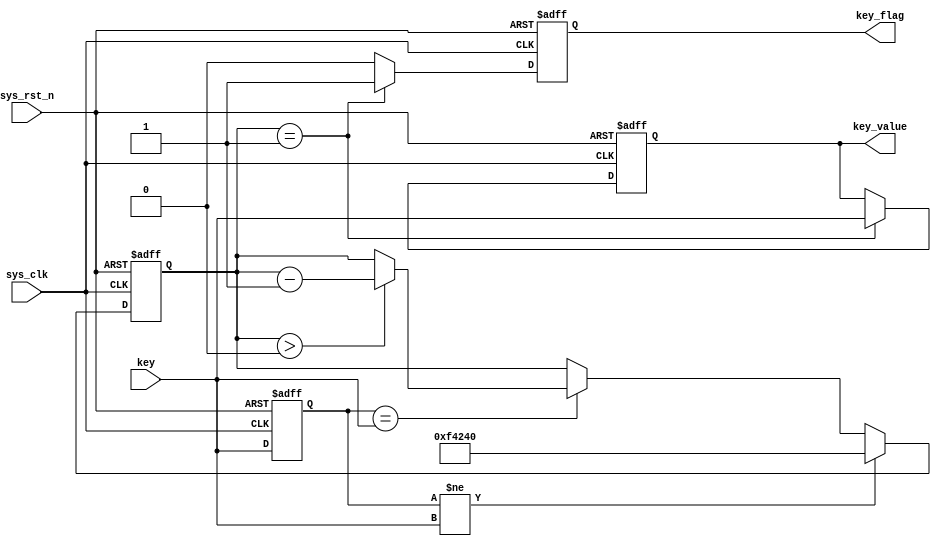
module key_debounce(
    input           sys_clk,    // 
    input           sys_rst_n,  // 
    
    input           key,        // 
    output  reg     key_flag,   // 
    output  reg     key_value   // 
);

reg [31:0]  delay_cnt;
reg         key_reg;

// 20ms
always @ (posedge sys_clk or negedge sys_rst_n) begin
    if(!sys_rst_n) begin
        key_reg <= 1'b1;
        delay_cnt <= 32'd0;
    end
    
    else begin
        key_reg <= key;
        if(key_reg != key)              //()
            delay_cnt <= 32'd1000000;   //20ms
        else if(key_reg == key) begin   //20ms
            if(delay_cnt > 32'd0)
                delay_cnt <= delay_cnt - 1'd1;
            else
                delay_cnt <= delay_cnt;
        end
    end
end

//  key_flag
always @ (posedge sys_clk or negedge sys_rst_n) begin
    if(!sys_rst_n) begin
        key_flag <= 1'b0;
        key_value <= 1'b1;
    end
    
    else begin
        if(delay_cnt == 32'd1) begin   //120ms
            key_flag  <= 1'b1;         //
            key_value <= key;          //
        end
        else begin
            key_flag  <= 1'b0;
            key_value <= key_value; 
        end  
    end
end

endmodule